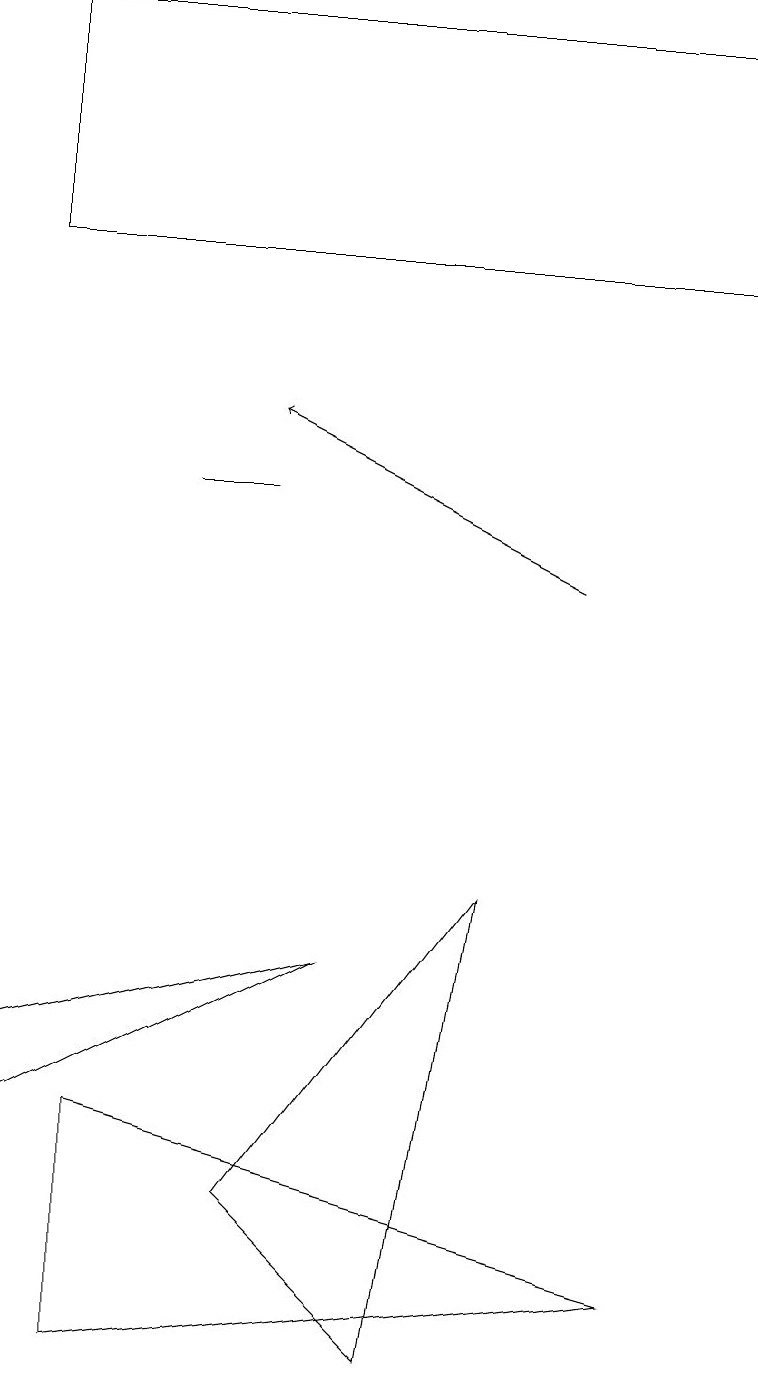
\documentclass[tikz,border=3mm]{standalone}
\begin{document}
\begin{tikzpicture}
\draw[->] (7,12) -- (3,14);
\draw (0,6) -- (4,7) -- (0,5) -- cycle;
\draw (5,2) -- (3,4) -- (6,8) -- cycle;
\draw (3,13) rectangle (2,13);
\draw (1,5) -- (1,2) -- (8,3) -- cycle;
\draw (9,19) rectangle (0,16);
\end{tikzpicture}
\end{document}